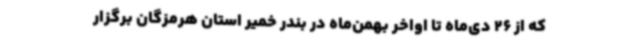
که از 26 دی‌ماه تا اواخر بهمن‌ماه در بندر خمیر استان هرمزگان برگزار